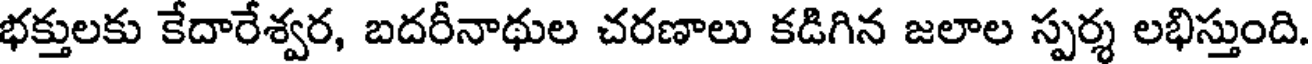
భక్తులకు కేదారేశ్వర, బదరీనాథుల చరణాలు కడిగిన జలాల స్పర్శ లభిస్తుంది.